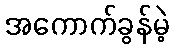
အကောက်ခွန်မဲ့